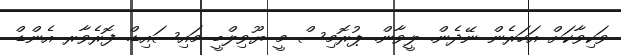
ވަކިވާކަށް އަހަރެން ނޭދެން. ލީވާން. ޕުރޮމިސް މީ ޔޫވިލްބީ މައިސައިޑް. ފޮރެވާރ އެންޑް